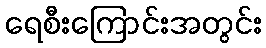
ရေစီးကြောင်းအတွင်း